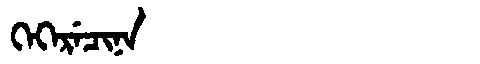
Manchu: ᡴᡝᡴᡝᡵᡝᠴᡳᠨᠠ
Romanization: KEKERECINA